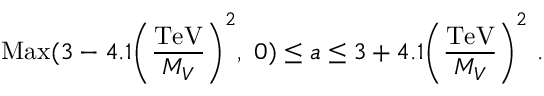
\mathrm { M a x } ( 3 - 4 . 1 \Biggl ( { \frac { \mathrm { T e V } } { M _ { V } } } \Biggr ) ^ { 2 } , \ 0 ) \leq a \leq 3 + 4 . 1 \Biggl ( { \frac { \mathrm { T e V } } { M _ { V } } } \Biggr ) ^ { 2 } \ .